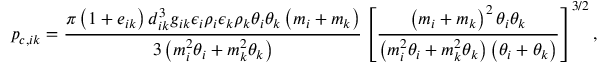
p _ { c , i k } = \frac { \pi \left( 1 + e _ { i k } \right) d _ { i k } ^ { 3 } g _ { i k } \epsilon _ { i } \rho _ { i } \epsilon _ { k } \rho _ { k } \theta _ { i } \theta _ { k } \left( m _ { i } + m _ { k } \right) } { 3 \left( m _ { i } ^ { 2 } \theta _ { i } + m _ { k } ^ { 2 } \theta _ { k } \right) } \left[ \frac { \left( m _ { i } + m _ { k } \right) ^ { 2 } \theta _ { i } \theta _ { k } } { \left( m _ { i } ^ { 2 } \theta _ { i } + m _ { k } ^ { 2 } \theta _ { k } \right) \left( \theta _ { i } + \theta _ { k } \right) } \right] ^ { 3 / 2 } ,